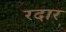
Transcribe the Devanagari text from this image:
रदार